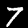
Digit: 7